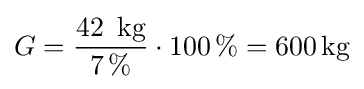
G={\frac {42\,{\text{ kg}}}{7\,\%}}\cdot {100\,\%}=600\,{\text{kg}}